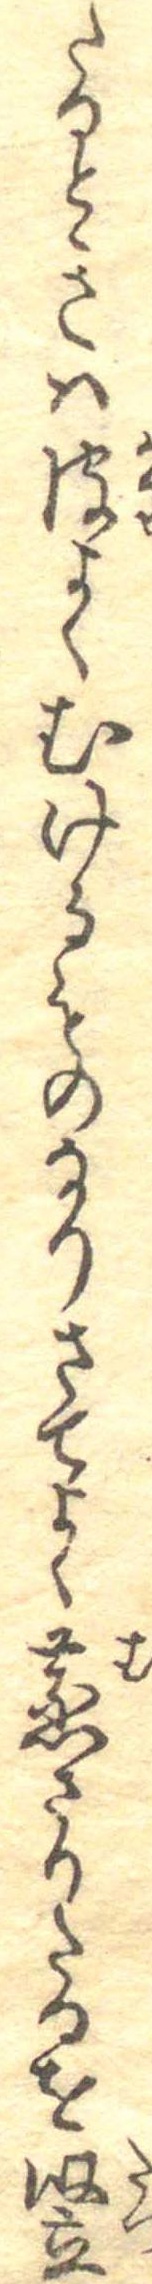
たるときは皮よくむけるものなりさてよく蒸さりたるを堅